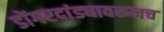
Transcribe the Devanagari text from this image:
डोंगरदांड्यावरूनच